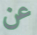
عن